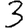
Digit: 3